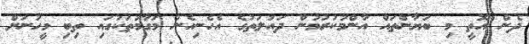
ދެން އޮތީ މި ބަޔާންތައް އާންމުކުރުމުން ދައުލަތުގެ އެހެނިހެން މަގާމުތަކުގައި ތިބި މީހުނަށް